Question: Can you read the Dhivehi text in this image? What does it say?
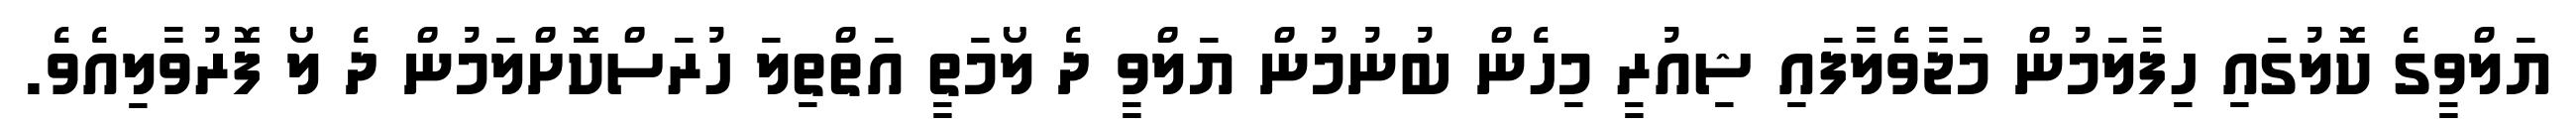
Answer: ޔަލްވީގެ ކޮލުގައި ހިފާލަމުން މަޖާވެލާފައި ޝިއުރީ މިހެން ބުނުމުން ޔަލްވީ ދެ ލޯމަތީ އަތްތިލަ ހުރަސްކޮށްލަމުން ދެ ލޯ ފޮރުވާލިއެވެ.